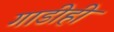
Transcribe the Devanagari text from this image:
गाडीही